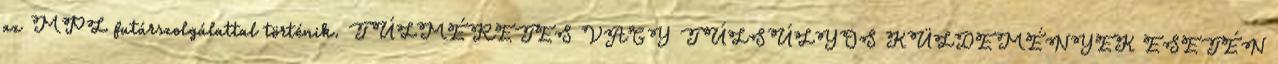
az MPL futárszolgálattal történik. TÚLMÉRETES VAGY TÚLSÚLYOS KÜLDEMÉNYEK ESETÉN